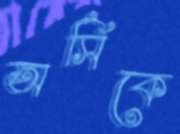
অর্সিকে